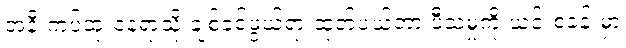
အနီးကပ်ဆုံးနေရာသို့ ချစ်ခင်ဖွယ်ရာ ထုတ်ပယ်တာ ပီသမှုကို ယင်းစခန်းမှာ